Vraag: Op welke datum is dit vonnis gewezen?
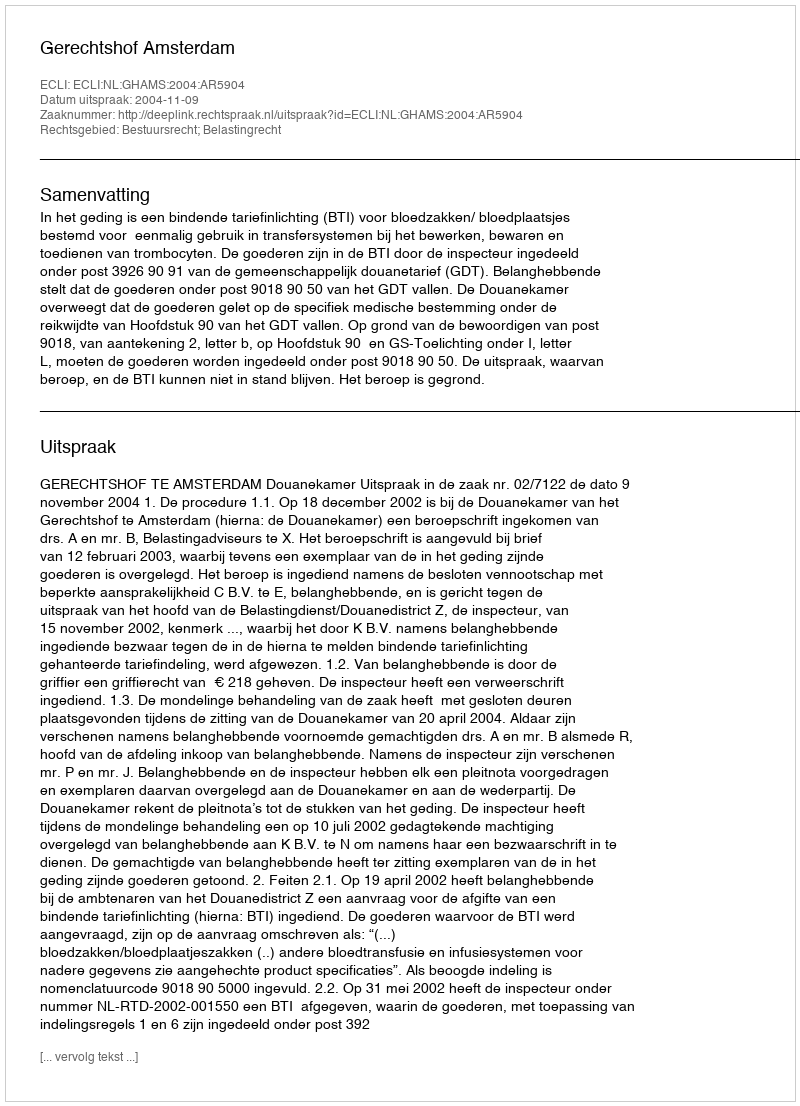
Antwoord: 2004-11-09